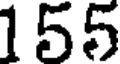
155